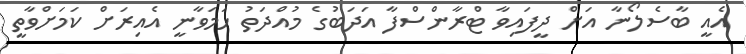
އެއީ ބާސެލޯނާ އަށް ދީފައިވާ ޓްރާންސްފާ އަދަބުގެ މުއްދަތު ހަމަވާނީ އެއިރަށް ކަމަށްވާތީ